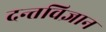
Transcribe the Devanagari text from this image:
दन्तविज्ञान